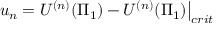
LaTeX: \left. u _ { n } = U ^ { ( n ) } ( \Pi _ { 1 } ) - U ^ { ( n ) } ( \Pi _ { 1 } ) \right| _ { c r i t }